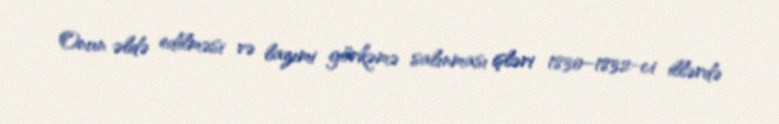
Onun əldə edilməsi və lazımi görkəmə salınması işləri 1830–1832-ci illərdə